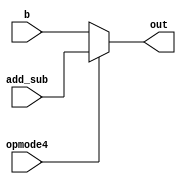
module mux_op4 (
	input opmode4,
	input [17:0] add_sub,
	input [17:0] b,
	output [17:0] out);

       assign out = opmode4 ? add_sub:b;

endmodule

`timescale 1ns/1ps
module mux_op4_tb ();

  reg opmode4;
  reg [17:0] add_sub,b;
  wire [17:0] out;

  mux_op4 dut (opmode4, add_sub, b, out) ;

  initial begin
  	repeat(10) begin
  		opmode4=$random;
  		add_sub=$random;
  		b=$random;
  		#10;
  	end
  end

endmodule